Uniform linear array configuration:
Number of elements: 8
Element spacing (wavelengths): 1
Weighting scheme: blackman
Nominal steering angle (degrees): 30
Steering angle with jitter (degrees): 30.467
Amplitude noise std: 0.05
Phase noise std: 0.05

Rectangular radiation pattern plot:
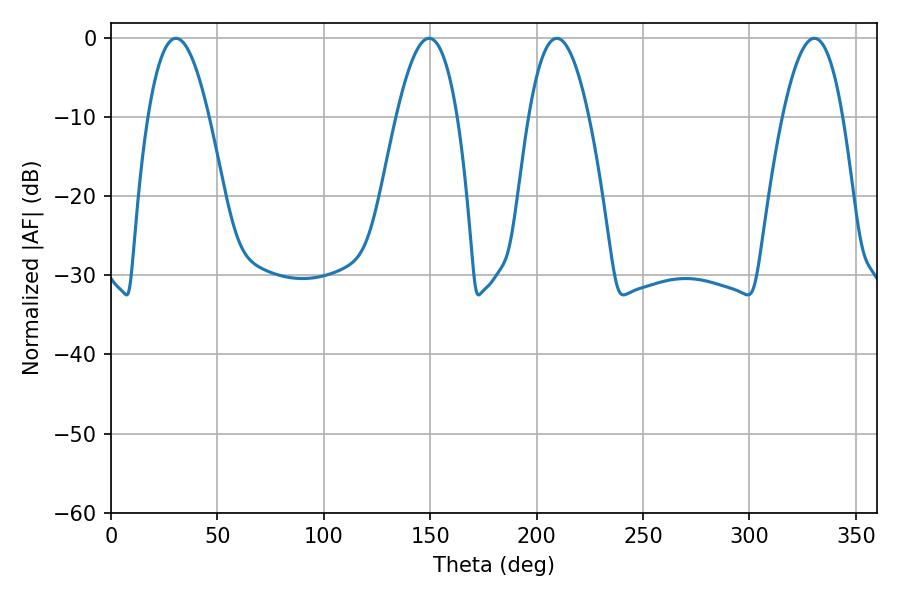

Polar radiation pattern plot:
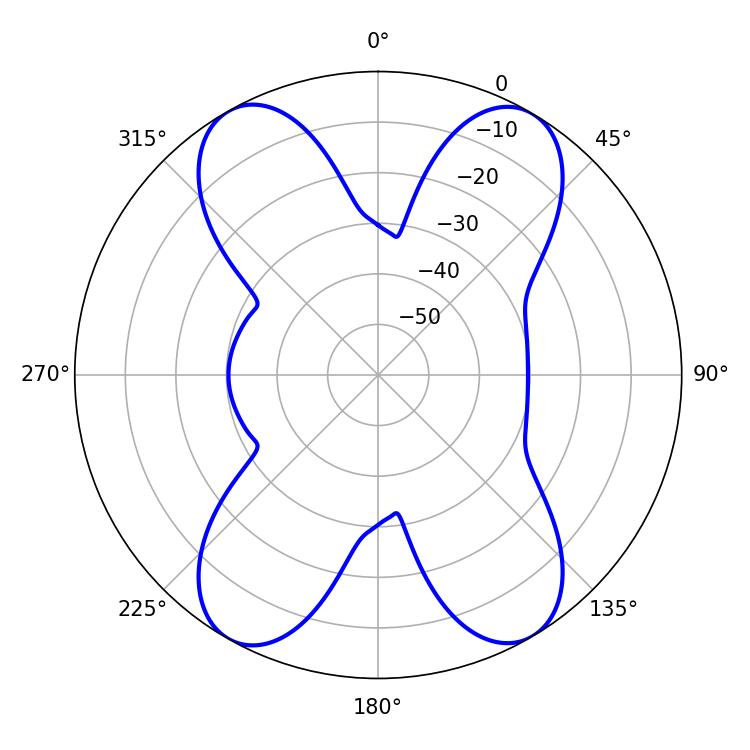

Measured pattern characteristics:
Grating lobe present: TRUE
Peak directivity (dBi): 21.057
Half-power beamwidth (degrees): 15.66
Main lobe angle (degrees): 209.52